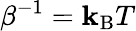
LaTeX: \beta^{-1}=\mathbf{k}_{\mathrm{{{B}}}}T